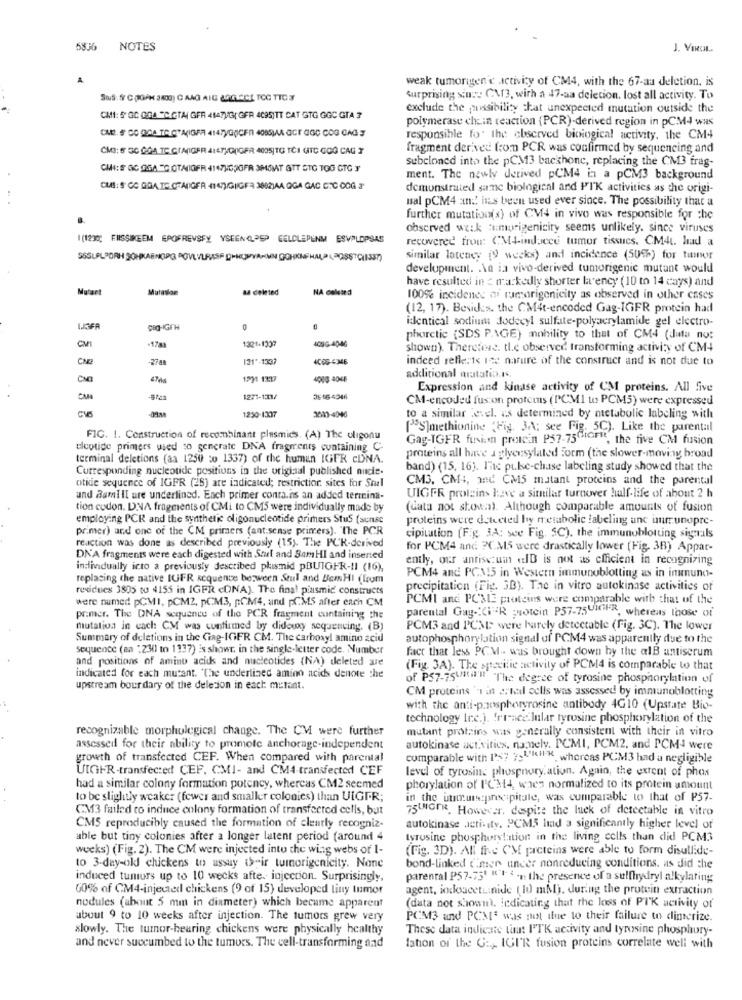
5836 NOTES
J. VIROL.
weak tumorigen c activity of CM4, with the 67-aa deletion, is
Sus: S C (GAK 3800) C AAG AIG LAGLACE TOG TTC 3
Surprising sin :: CX3, with a 47-aa deletion. lost all activity. To
exclude the possibility that unexpected mutation outside the
CMI: 5 GC GGA "C.GTA GER 4147UG( GFR 4C95)TT CAT GTG GGC GTA 3
polymerase chain reaction (PCR)-derived region in pCM-4 was
CAP. SOC QCA TO CRAIGFR 414/)G(CFR 4085)MA GCI GGC COG CAG 3
responsible for the observed biological activity, the CM4
CM3: 5 50 GGA TC CIA(IGER 414TAG(IGER 4005|TG TCI GTC GOG CAG }
fragment derived from PCR was confirmed by sequencing and
subcloned into the pCM13 backhone, replacing the CM3 frag-
CHI: S GC OGA -G OTA(IOFR 4147HOOGFR 3HMAT GTT CTG TOG GTG Y
ment. The newly derived pCM4 in a pCM3 background
CMS: 8 CC GGA TE CTAIGER +14)GIGF: 3882)AA OGA GAC CTC COG J
demonstrated same biologienl and PIK activities as the origi-
mal pCM4 an:' has been used ever since. The possibility that a
further mutation(s) of CVI4 in vivo was responsible for the
observed weak Emgripenicity seems unlikely. since viruses
1(1230; FISSIKEEM EPOFREVSFY YSEEN(PSP GELDLEPENM ESVPLOPSAS
recovered frou: CM4-inducce tumor tissues. CM4. had a
SSSUPLPORH SOHKAENCIPG DOVLVLRASF DHHUMYANMIN GOHKNFHALO (,PASSTCHIS7)
similar latency (9 weeks) and incidence (50%) for tumor
development. Ska ia vivo-derived tumorigenic mutant would
have resulted in < markedly shorter la ency (10 to 14 days) and
Mutation
ad deleted
NA deleted
100% incidence of rumorigenicity as observed in other cases
(12, 17). Besides. the CM4t-encoded Gag-IGFR protein had
identical sodium dodecyl sulfate-polyacrylamide gel electro-
0
CMI
4090-4046
phoretic (SDS PAGE) mobility to that of CM4 (data no:
1321-1337
shown). Therefore, tlc observed transforming activity of CM4
-27 am
121"-1337
indeed refle:is ite nature of the construct and is not due to
4000 4048
additional matatio.r.
Expression and kinase activity of CM proteins. All five
CM-encoded fusion proteus (PCMI to PCM5) were expressed
1250-1307
3603-4040
to a similar level. as determined by metabolic labeling with
[S]methionine (Fig. 3A; see Fig. 5C). Like the parental
FIG. 1. Construction of recombinant plasmids. (A) The uligonu
Gag-IGFR fusion protein P57-75CIOFI, the five CM fusion
cleotide primers used so generate DNA fragrrents containing C-
terminal deletions (aa 1250 to 1337) of the human IGER cDNA.
proteins all have a glyensylated Form (the slower-moving broad
Corresponding nucleotide positions in the original published nucie.
band) (15, 16). Inc puke-chase labeling study showed that the
otide sequence of IGFR (28] are indicated; restriction sites for Soul
CM3. CM+, and CM5 mutant proteins and the parental
and Ramill ure underlined. Each primer contains an added termina-
UIGER proteins have a similar turnover half-life of about 2 h
tion codon. DNA fragments of CMi to CM5 were individually made by
(Gata not shown). Although comparable amounts of fusion
employing PCR and the synthetic oligonucleotide primers Stus (sense
proteins were detected by metabolic labeling unc unrunupre-
primer) and one of the CM primers (ant:sense primers). "The PCR
reaction was done as described previously (15). The PUK-derived
cipitation (Fig. 3A: see Fig. SC), the immunoblotting signals
for PCM4 and. 3CM5 were drastically lower (Fig. 3B) Appar-
DN'A fragments were each digested with Stul and SamHI and inserted
ently, our antise:um aID is not as efficient in recognizing
individually icto a previously described phismid pBUIGFR -! I (16),
replacing the native IUFR sequence between Stul and BemHI (laum
PCM4 and PCM15 in Western immunoblotting as in inununo-
residues 3805 to 4155 in IGFR cONA). The final piusmic constructs
precipitation (Fig. 3B). The in vitro autokinase activities of
were named pCMI, pCM2, pCM3, pCM4, and pCMS after each CM
PCMI ane PCMLE proteins were comparable with that of the
parental Gay -: (i"R protein P57-75UIGFR, whereas those of
primer. The DNA sequence of the PCR fragment containing the
mutation in cach CM was confirmed by didewy sequencing. (B)
PCM3 and PCMIS were barely detectable (Fig. 3C). The lower
Summary of deletions in the Ciag-IGFR CM. The carboxyl amino acid
autophosphorylation signal of PCM4 was apparently due to the
sequence (an "230) to 1337) is showr. in the single-letter code. Number
fact that less PCM -- was brought down by the alB antiserum
and positions of amino acids and nucleotides (NA) deleted se
(Fig. 3A). The specific activity of PCM4 is comparable to that
indicated for each mutant. "The underlined amino acids denote the
of P57-75Until'#" "The degree of tyrosine phosphorylation of
upstream bourdary of the delesion in each: mutant.
CM proteins 'i in 2. nul cells was assessed by immunoblotting
with the anti-phosphoryrosine antibody 4G10 (Upstate Bio-
technology Inc.). tri-ace.lular tyrosine phosphorylation of the
recognizable morpholegical change. The CM were further
mutant protains was generally consistent with their in vitro
assessed for their ability to promote anchorage-independent
autokinase activities, namely, PCMI, PCM2, and PCM4 were
growth of transfected CEF. When compared with parental
comparable with P57 7;U.kHl-K, whereas PCM3 had a negligible
UIGHR-transfected CEF. CMI- and CM4-transfected CEF
level of tyrosin: phosphory. ation. Again, the extent of phos
had a similar colony formation potency, whereas CM2 seemed
phorylation of PC34, when normalized to its protein amount
to be slightly weaker (fewer and smaller colonies) than UIGER;
in the unmut:precipitate, was comparable to that of P57-
CM13 failed to induce colony formation of transfected cells, but
75UNIGER, However, despite the luck of detectable in vitro
CMS reproducibly caused the formation of clearly recogniz-
autokinase activity. PCMS had a significantly higher level of
able but tiny colonies after a longer latent period (around 4
tyrosine phosphorstation in the living cells than did PCM3
weeks) (Fig. 2). The CM were injected into the wing webs of 1-
(Fig. 3D). All the CM proteins were able to form disulfide-
to 3-day-ok chickens to ussuy their tumorigenicity. None
bond-linked mer uncer nonreducing conditions. us did the
induced tumuss up to 10 wecks after injection. Surprisingly,
parental P57-75' ""* * - n the presence of a sulfhydryl alkylating
60% of CM4-injected chickens (9 of 15) developed liny tumor
agent, iodoucet ... nide (10 mb). during the protein extraction
(data not shown), indicating that the loss of PTK activity of
nodules (about 5 mm in diameter) which became apparent
about 9 to 10 weeks after injection. The tumors grew very
PCM3 and PCM was not alone to their failure to dimerize.
slowly. The tumor-hearing chickens were physically healthy
These data indicane tim: I'TK activity and tyrosine phosphory-
and never succumbed to the tumors. The cell-transforming and
lation of the G :,, IGI'R fusion proteins correlate well with